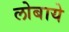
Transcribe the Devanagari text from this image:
लोबाये